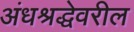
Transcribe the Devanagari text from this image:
अंधश्रद्धेवरील